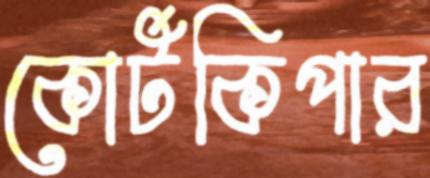
কোর্টকিপার